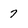
Character: 7